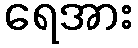
ရေအား